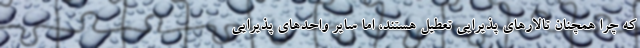
که چرا همچنان تالارهای پذیرایی تعطیل هستند، اما سایر واحدهای پذیرایی